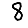
Digit: 8